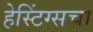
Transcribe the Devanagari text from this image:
हेस्टिंग्सचा